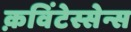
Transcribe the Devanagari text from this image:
क़विंटेस्सेन्स